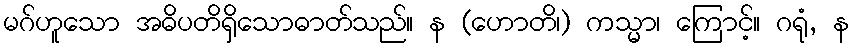
မဂ်ဟူသော အဓိပတိရှိသောဓာတ်သည်။ န (ဟောတိ၊) ကသ္မာ၊ ကြောင့်။ ဂရုံ, န